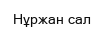
Нұржан сал